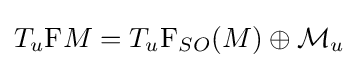
T_{u}\mathrm {F} M=T_{u}\mathrm {F} _{SO}(M)\oplus {\mathcal {M}}_{u}